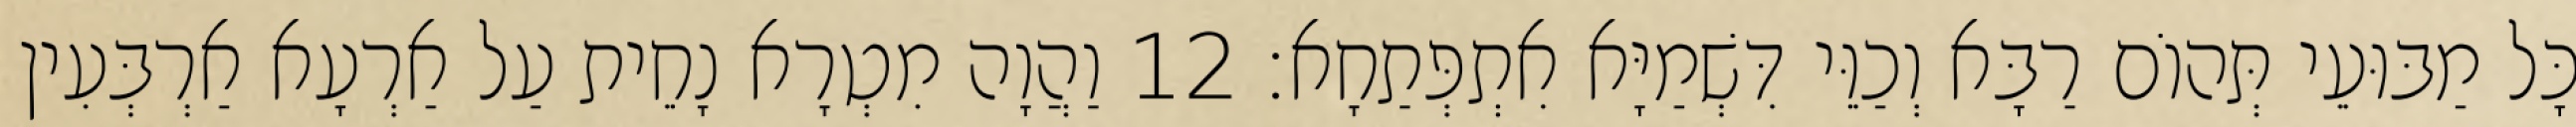
כָּל מַבּוּעֵי תְּהוֹם רַבָּא וְכַוֵּי דִּשְׁמַיָּא אִתְפְּתַחָא׃ 12 וַהֲוָה מִטְרָא נָחֵית עַל אַרְעָא אַרְבְּעִין